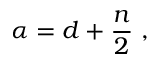
\alpha = d + { \frac { n } { 2 } } \ ,